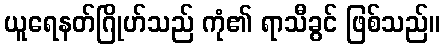
ယူရေနတ်ဂြိုဟ်သည် ကုံ၏ ရာသီခွင် ဖြစ်သည်။